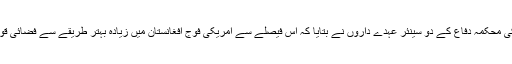
رپورٹ کے مطابق امریکی محکمہ دفاع کے دو سینئر عہدے داروں نے بتایا کہ اس فیصلے سے امریکی فوج افغانستان میں زیادہ بہتر طریقے سے فضائی قوت استعمال کر سکے گی۔